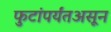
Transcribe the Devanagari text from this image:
फुटांपर्यंतअसून